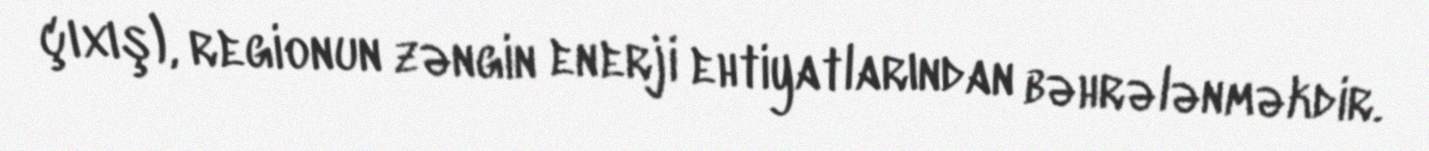
çıxış), regionun zəngin enerji ehtiyatlarından bəhrələnməkdir.